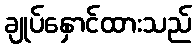
ချုပ်နှောင်ထားသည်